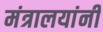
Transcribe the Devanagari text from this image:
मंत्रालयांनी